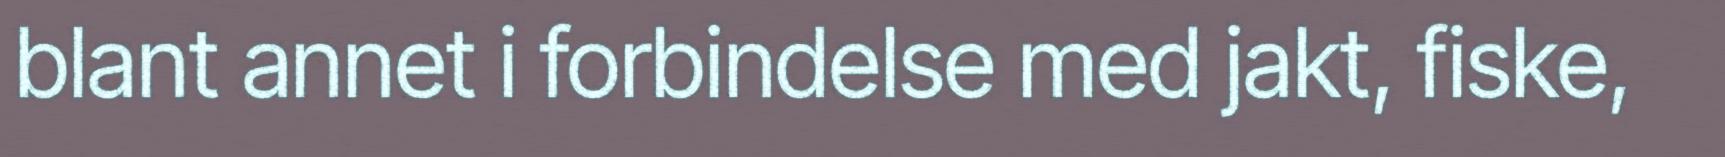
blant annet i forbindelse med jakt, fiske,